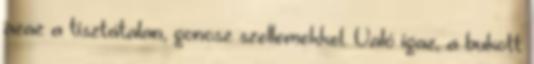
azaz a tisztátalan, gonosz szellemekkel. Való igaz, a bukott